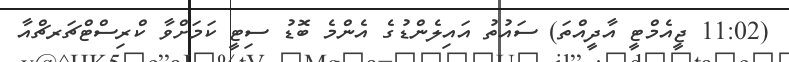
(11:02 ޖީއެމްޓީ އާދީއްތަ) ސައުތު އައިލެންޑުގެ އެންމެ ބޮޑު ސިޓީ ކަމަށްވާ ކްރިސްޓްޗަރޗްއާ